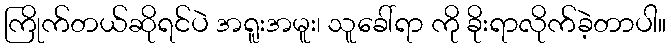
ကြိုက်တယ်ဆိုရင်ပဲ အရူးအမူး၊ သူခေါ်ရာ ကို ခိုးရာလိုက်ခဲ့တာပါ။